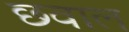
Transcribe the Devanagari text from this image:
छवाल